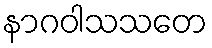
နာဂဝါသသတေ